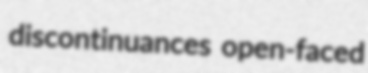
discontinuances open-faced